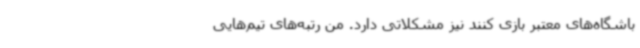
باشگاه‌های معتبر بازی کنند نیز مشکلاتی دارد. من رتبه‌های تیم‌هایی